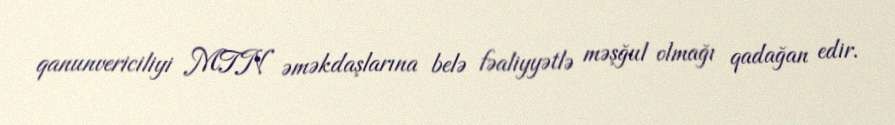
qanunvericiliyi MTN əməkdaşlarına belə fəaliyyətlə məşğul olmağı qadağan edir.